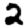
Digit: 2